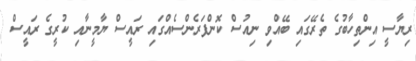
ރިޔާސީ އިންތިހާބުގެ ތެރޭގައި ބޭއްވި ނިއުސް ކޮންފަރެންސެއްގަަައި ރައީސް ޔާމީނާއި ކުރީގެ ރައީސް